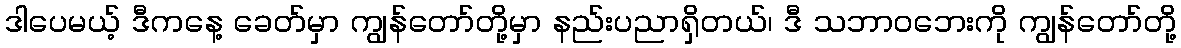
ဒါပေမယ့် ဒီကနေ့ ခေတ်မှာ ကျွန်တော်တို့မှာ နည်းပညာရှိတယ်၊ ဒီ သဘာဝဘေးကို ကျွန်တော်တို့